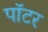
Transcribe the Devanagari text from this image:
पाॅटर